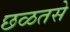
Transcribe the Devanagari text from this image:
छळतसे